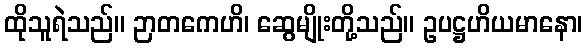
ထိုသူရဲသည်။ ဉာတကေဟိ၊ ဆွေမျိုးတို့သည်။ ဥပဋ္ဌဟိယမာနော၊